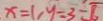
x = 1 , y = 3 - \sqrt { 6 }